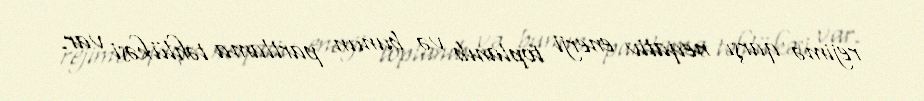
rejimə qarşı neqativ enerji toplanıb və bunun partlama təhlükəsi var.